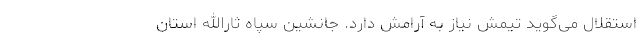
استقلال می‌گوید تیمش نیاز به آرامش دارد. جانشین سپاه ثارالله استان